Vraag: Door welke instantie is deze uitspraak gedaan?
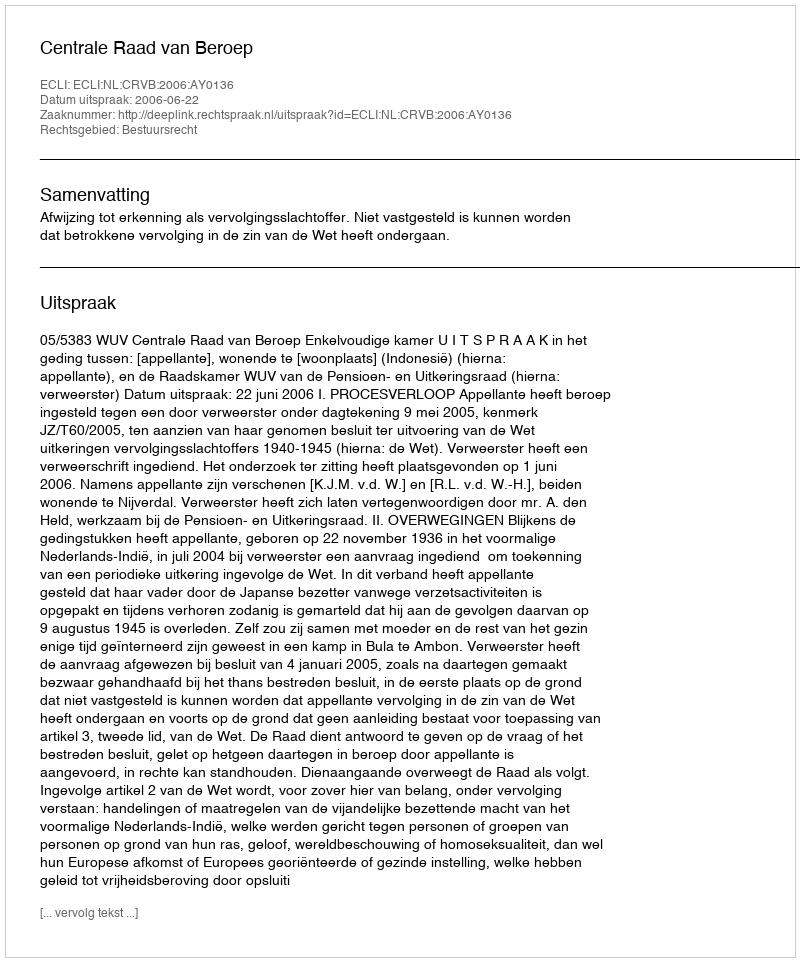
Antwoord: Centrale Raad van Beroep